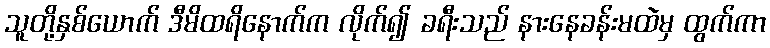
သူတို့နှစ်ယောက် ဒီမိထရိနောက်က လိုက်၍ ခရီးသည် နားနေခန်းမထဲမှ ထွက်ကာ